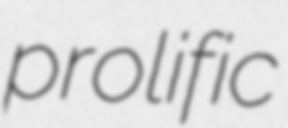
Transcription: prolific